Burma Government Medical School reports 1923-41
Year: 1923
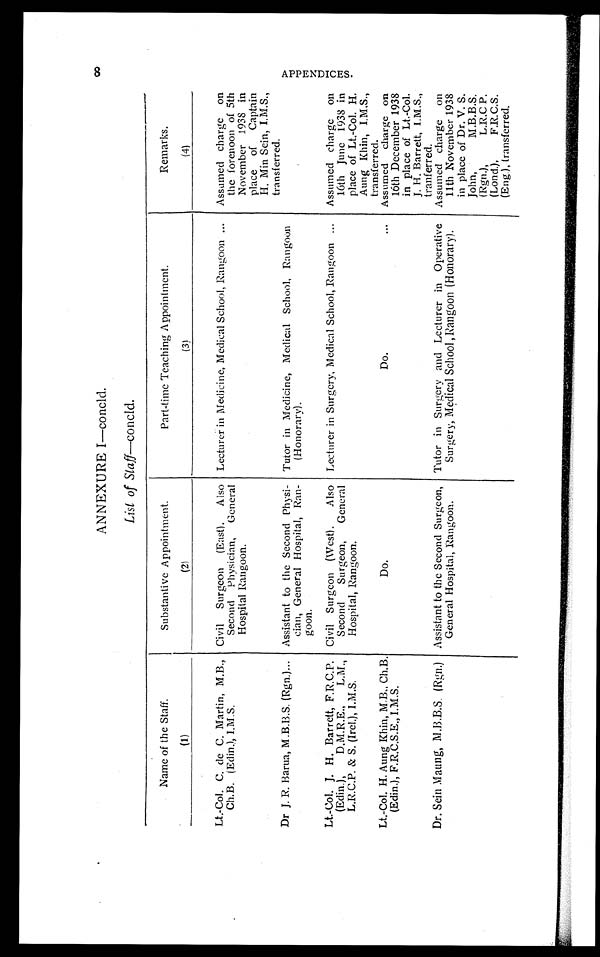
ANNEXURE I—concld.
List of Staff—concld.
Name of the Staff.
Substantive Appointment.
Part-time Teaching Appointment.
Remarks.
(1)
( 2 )
(3)
(4)
Lt.-Col. C. de C. Martin, M.B.,
Ch.B. (Edin.), I.M.S.
Civil Surgeon (East). Also
Second Physician, General
Hospital Rangoon.
Lecturer in Medicine, Medical School, Rangoon
Assumed charge on
the forenoon of 5th
November 1938 in
place of Captain
H. Min Sein, I.M.S.,
transferred.
Dr J. R. Barua, M.B.B.S. (Rgn.)
Assistant to the Second Physi-
cian, General Hospital, Ran-
goon.
Tutor in Medicine, Medical School, Rangoon
(Honorary).
Lt.-Col. J. H. Barrett, F.R.C.P.
(Edin.), D.M.R.E., L.M.,
L.R.C.P. & S. (Irel.), I.M.S.
Civil Surgeon (West). Also
Second Surgeon, General
Hospital, Rangoon.
Lecturer in Surgery, Medical School, Rangoon
Assumed charge on
16th June 1938 in
place of Lt.-Col. H.
Aung Khin, I.M.S.,
transferred.
Lt.-Col. H. Aung Khin, M.B., Ch.B.
(Edin.), F.R.C.S.E., I.M.S.
Do.
Do.
Assumed charge on
16th December 1938
in place of Lt.-Col.
J. H. Barrett, I.M.S.,
tranferred.
Dr. Sein Maung, M.B.B.S. (Rgn.) Assistant to the Second Surgeon,
General Hospital, Rangoon.
Tutor in Surgery and Lecturer in Operative
Surgery, Medical School, Rangoon (Honorary).
Assumed charge on
11th November 1938
in place of Dr. V. S.
John, M.B.B.S.
(Rgn.), L.R.C P.
(Lond.), F.R.C.S.
(Eng.), transferred.
i8
A P P E N D I C E S .